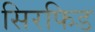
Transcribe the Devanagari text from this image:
सिरफिड